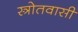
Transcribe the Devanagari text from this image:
स्त्रोतवासी